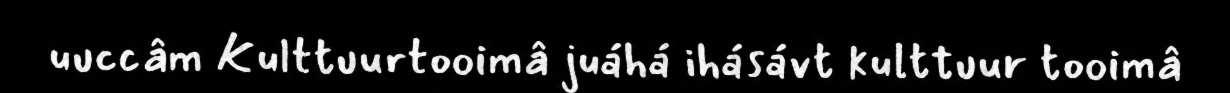
uuccâm Kulttuurtooimâ juáhá ihásávt kulttuur tooimâ